system: You are a helpful assistant.
user:
Analyze the provided spectrum to determine if it is a **White Dwarf (WD)**.

A White Dwarf spectrum is defined by its **extreme purity** (due to gravitational settling) and/or **extreme pressure broadening** (due to high surface gravity). You must check for one of the following mutually exclusive signatures:

- **Key Visual Indicators (Check for ONE of these types):**

    - **1. DA-Type Signature (Most Common):**
        - **(Primary Feature):** Extreme pressure broadening (Stark broadening) of the **Hydrogen (H) Balmer lines**.
        - **(Key Lines):** $H\beta$ (approx. $4861$ Å) and $H\gamma$ (approx. $4340$ Å). $H\alpha$ (approx. $6563$ Å) will also be present if the wavelength range covers it.
        - **(Line Profile):** This is the **defining feature**. The lines are **NOT** sharp. They appear as massive, **extremely broad and deep "troughs" or "dips"** in the spectrum, often hundreds of Ångströms wide. The continuum will appear to "scoop" down at these wavelengths.
        - **(Distinction):** Normal A-type or B-type stars have *narrow* and *sharp* Hydrogen lines. A DA White Dwarf's lines are unmistakably "smeared" or "blurry" from pressure.

    - **2. DB-Type Signature:**
        - **(Primary Feature):** Broad absorption lines from **Neutral Helium (He I)**. The spectrum must lack any visible Hydrogen lines.
        - **(Key Lines):** Look for broad absorption near $4471$ Å, $4921$ Å, and $5876$ Å.
        - **(Line Profile):** These lines are also significantly pressure-broadened, appearing much wider than they would in a normal B-type main-sequence star.

    - **3. DC-Type Signature:**
        - **(Primary Feature):** A **featureless continuous spectrum**.
        - **(Line Profile):** The spectrum is a smooth curve with **no significant absorption or emission lines**.
        - **(Key Confirmation):** The continuum is almost always **blue or white**, indicating a hot object. This signature implies the atmosphere is so pure (or so cool) that no spectral lines are visible in the optical range. Its WD identity is confirmed by its extremely low intrinsic brightness (high absolute magnitude).

    - **4. DZ-Type Signature (Metal-Polluted):**
        - **(Primary Feature):** **Isolated, narrow metal absorption lines** on an otherwise featureless (DC-like) continuum.
        - **(Key Lines):** The **Calcium (Ca II) H & K doublet** (approx. **$3934$ Å** and **$3968$ Å**) is the most common and defining feature.
        - **(Line Profile):** These lines are "out of place." They are *not* part of a "forest" of thousands of lines. This signature is evidence of recent *accretion* (pollution) from rocky debris.
        - **(Distinction):** Normal G/K/M stars have a *dense forest* of thousands of metal lines. A DZ has a *clean* continuum with *only a few* strong metal lines.

    - **5. DQ-Type Signature (Carbon-Polluted):**
        - **(Primary Feature):** Absorption bands from **Carbon (C₂ "Swan Bands" or atomic C I)**.
        - **(Key Lines - C₂):** Look for bandheads with a "saw-tooth" shape near $5635$ Å, **$5165$ Å** (strongest), and $4737$ Å.
        - **(Key Confirmation):** The underlying **continuum must be blue or white** (hot).
        - **(Distinction):** This is the critical difference from a **Carbon Star**, which has the *exact same* C₂ bands but on an extremely **red, cool** continuum.

- **(Overall Spectrum):**
    - The continuum (overall shape) is typically **blue-sloping** (brighter in the blue than the red), as most white dwarfs are very hot.
    - The spectrum will look "pure" or "simple," dominated by only *one* of the five signatures listed above.

Think first, call **spectral_visualization_tool** if needed to examine features in detail, then provide your final answer. Your response must adhere to the following strict rules:
1.  **Overall Structure:** Your response must follow the format `<think>...</think> <tool_call>...</tool_call> (if a tool is used) <answer>...</answer>`.
2.  **Tool Usage Constraint:** You may only make **one** tool call per turn.
3.  **Final Answer Format:** In the `<answer>` tag, your conclusion must be inside a `\boxed{}` command (e.g., `\boxed{YES}` or `\boxed{NO}`), followed by your justification.

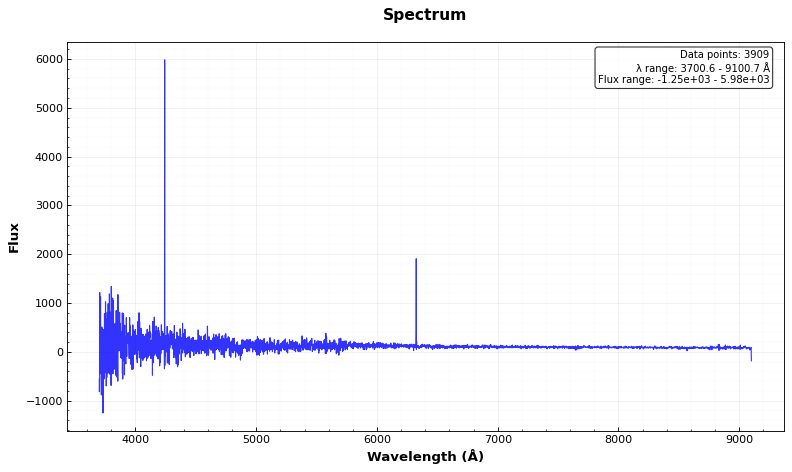
Answer: NO